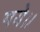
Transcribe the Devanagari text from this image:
गये।।